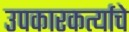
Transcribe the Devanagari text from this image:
उपकारकर्त्याचे